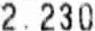
2.230